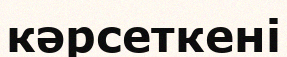
кәрсеткені